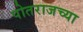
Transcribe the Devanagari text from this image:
पोतराजच्या